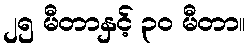
၂၅ မီတာနှင့် ၃၀ မီတာ။